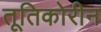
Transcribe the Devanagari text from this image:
तूतिकोरीन